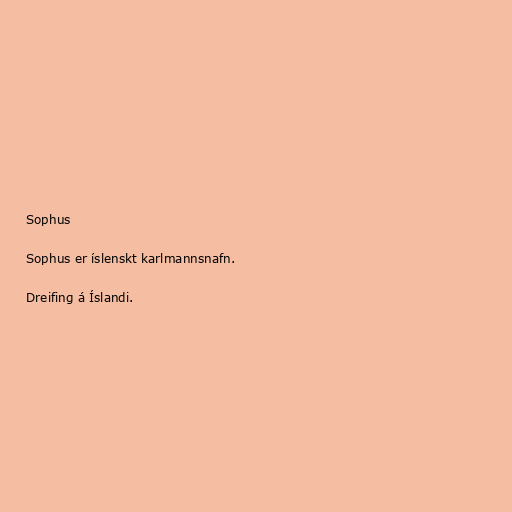
Sophus

Sophus er íslenskt karlmannsnafn.

Dreifing á Íslandi.